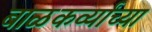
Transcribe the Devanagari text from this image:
बाळकर्व्यांच्या